Civil Veterinary Department Bihar & Orissa reports 1929-36 - 1929-1936
Year: 1929
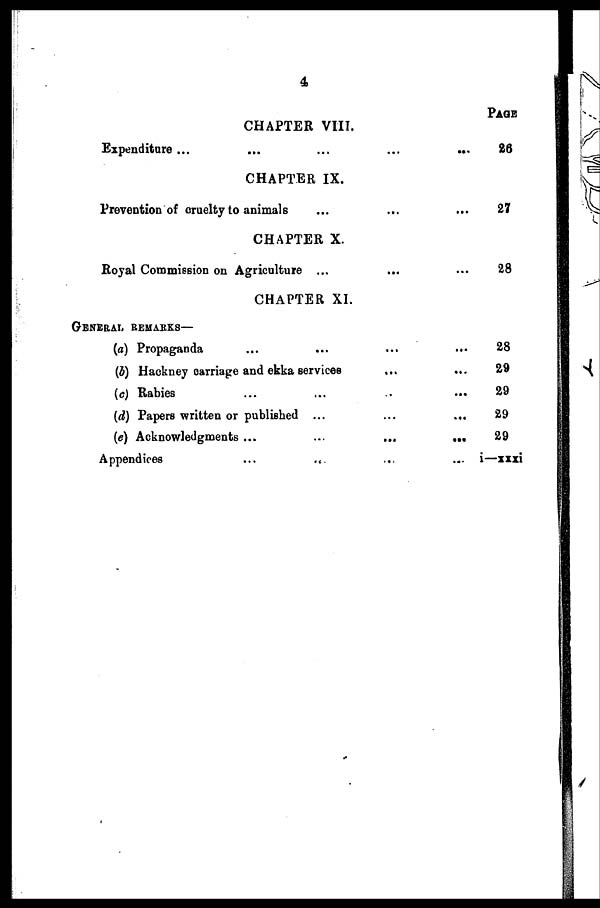
4
CHAPTER VIII.
Expenditure ... ... ...
CHAPTER IX.
Prevention of cruelty to animals ... ...
CHAPTER X.
Royal Commission on Agriculture ... ...
CHAPTER XI.
GENERAL REMARKS—
(a) Propaganda ... ... ...
(b) Hackney carriage and ekka services ... ...
(c) Rabies ... ... ...
(d) Papers written or published ... ... ...
(e) Acknowledgments ...
...
...
...
Appendices
...
...
...
PAGE
26
27
28
28
29
29
29
29
i—xxxi